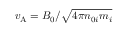
v _ { \mathrm { A } } = B _ { 0 } / \sqrt { 4 \pi n _ { 0 i } m _ { i } }